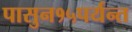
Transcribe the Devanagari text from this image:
पासुन१५पर्यन्त